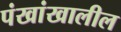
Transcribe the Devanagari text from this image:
पंखांखालील